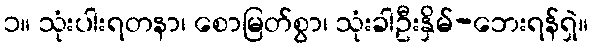
၁။ သုံးပါးရတနာ၊ စောမြတ်စွာ၊ သုံးခါဦးနှိမ်-ဘေးရန်ရှဲ။